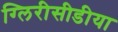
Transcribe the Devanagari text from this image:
ग्लिरीसीडीया